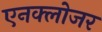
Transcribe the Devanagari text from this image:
एनक्लोजर